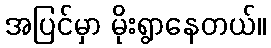
အပြင်မှာ မိုးရွာနေတယ်။